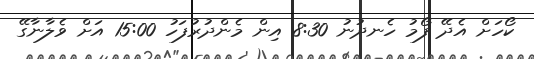
ކޯހަށް އެދޭ ފޯމު ހެނދުނު 8:30 އިން މެންދުރުފަހު 15:00 އަށް ވެލާނާގޭ